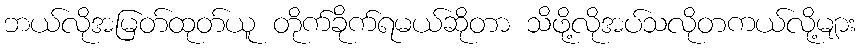
ဘယ်လိုအမြတ်ထုတ်ယူ တိုက်ခိုက်ရမယ်ဆိုတာ သိဖို့လိုအပ်သလိုတကယ်လို့များ